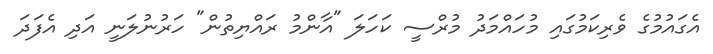
އެގައުމުގެ ވެރިކަމުގައި މުހައްމަދު މުރްސީ ކަހަލަ "އާންމު ރައްޔިތުން" ހަރުނުލަނީ އަދި އެފަދަ